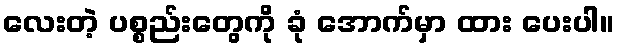
လေးတဲ့ ပစ္စည်းတွေကို ခုံ အောက်မှာ ထား ပေးပါ။